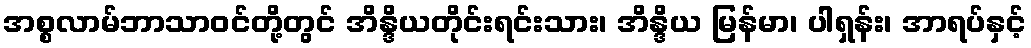
အစ္စလာမ်ဘာသာဝင်တို့တွင် အိန္ဒိယတိုင်းရင်းသား၊ အိန္ဒိယ မြန်မာ၊ ပါရှန်း၊ အာရပ်နှင့်